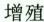
增殖